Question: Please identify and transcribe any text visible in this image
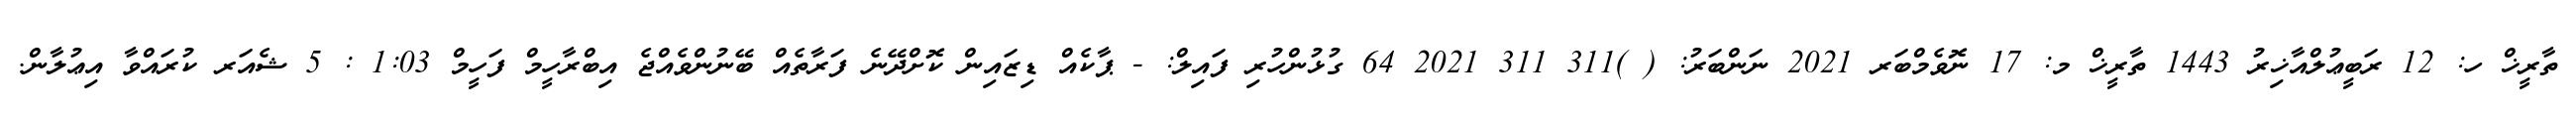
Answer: ތާރީޚް ހ: 12 ރަބީޢުލްއާޚިރު 1443 ތާރީޚް މ: 17 ނޮވެމްބަރ 2021 ނަންބަރު: ( )311 311 2021 64 ގުޅުންހުރި ފައިލް: - ޕާކެއް ޑިޒައިން ކޮށްދޭނެ ފަރާތެއް ބޭނުންވެއްޖެ އިބްރާހީމް ފަހީމް 1:03 : 5 ޝެއަރ ކުރައްވާ އިޢުލާން.